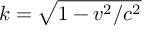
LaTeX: k = { \sqrt { 1 - v ^ { 2 } / c ^ { 2 } } }